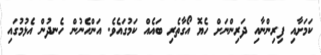
ކަމަށާއި ފިރިންނާއި ދަރިންނަށް ހެޔޮ އޯގާތެރި ބައެއް ކަމުގައެވެ. އަންހެނުން ހެނދުން އެޅުމުގައި